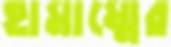
হামাম্মের